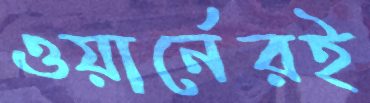
ওয়ার্নেরই